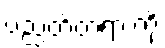
ပညတ်တရားကို